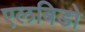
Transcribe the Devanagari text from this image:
एलबिडो